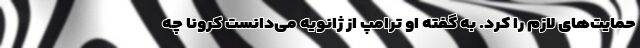
حمایت‌های لازم را کرد. به گفته او ترامپ از ژانویه می‌دانست کرونا چه